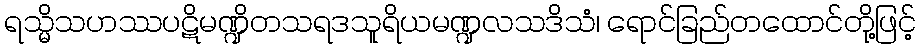
ရသ္မိသဟဿပဋိမဏ္ဍိတသရဒသူရိယမဏ္ဍလသဒိသံ၊ ရောင်ခြည်တထောင်တို့ဖြင့်